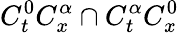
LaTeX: C_{t}^{0}C_{x}^{\alpha}\cap C_{t}^{\alpha}C_{x}^{0}